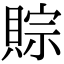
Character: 賩